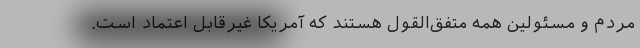
مردم و مسئولین همه متفق‌القول هستند که آمریکا غیرقابل اعتماد است.